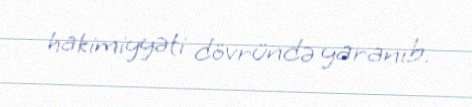
hakimiyyəti dövründə yaranıb.